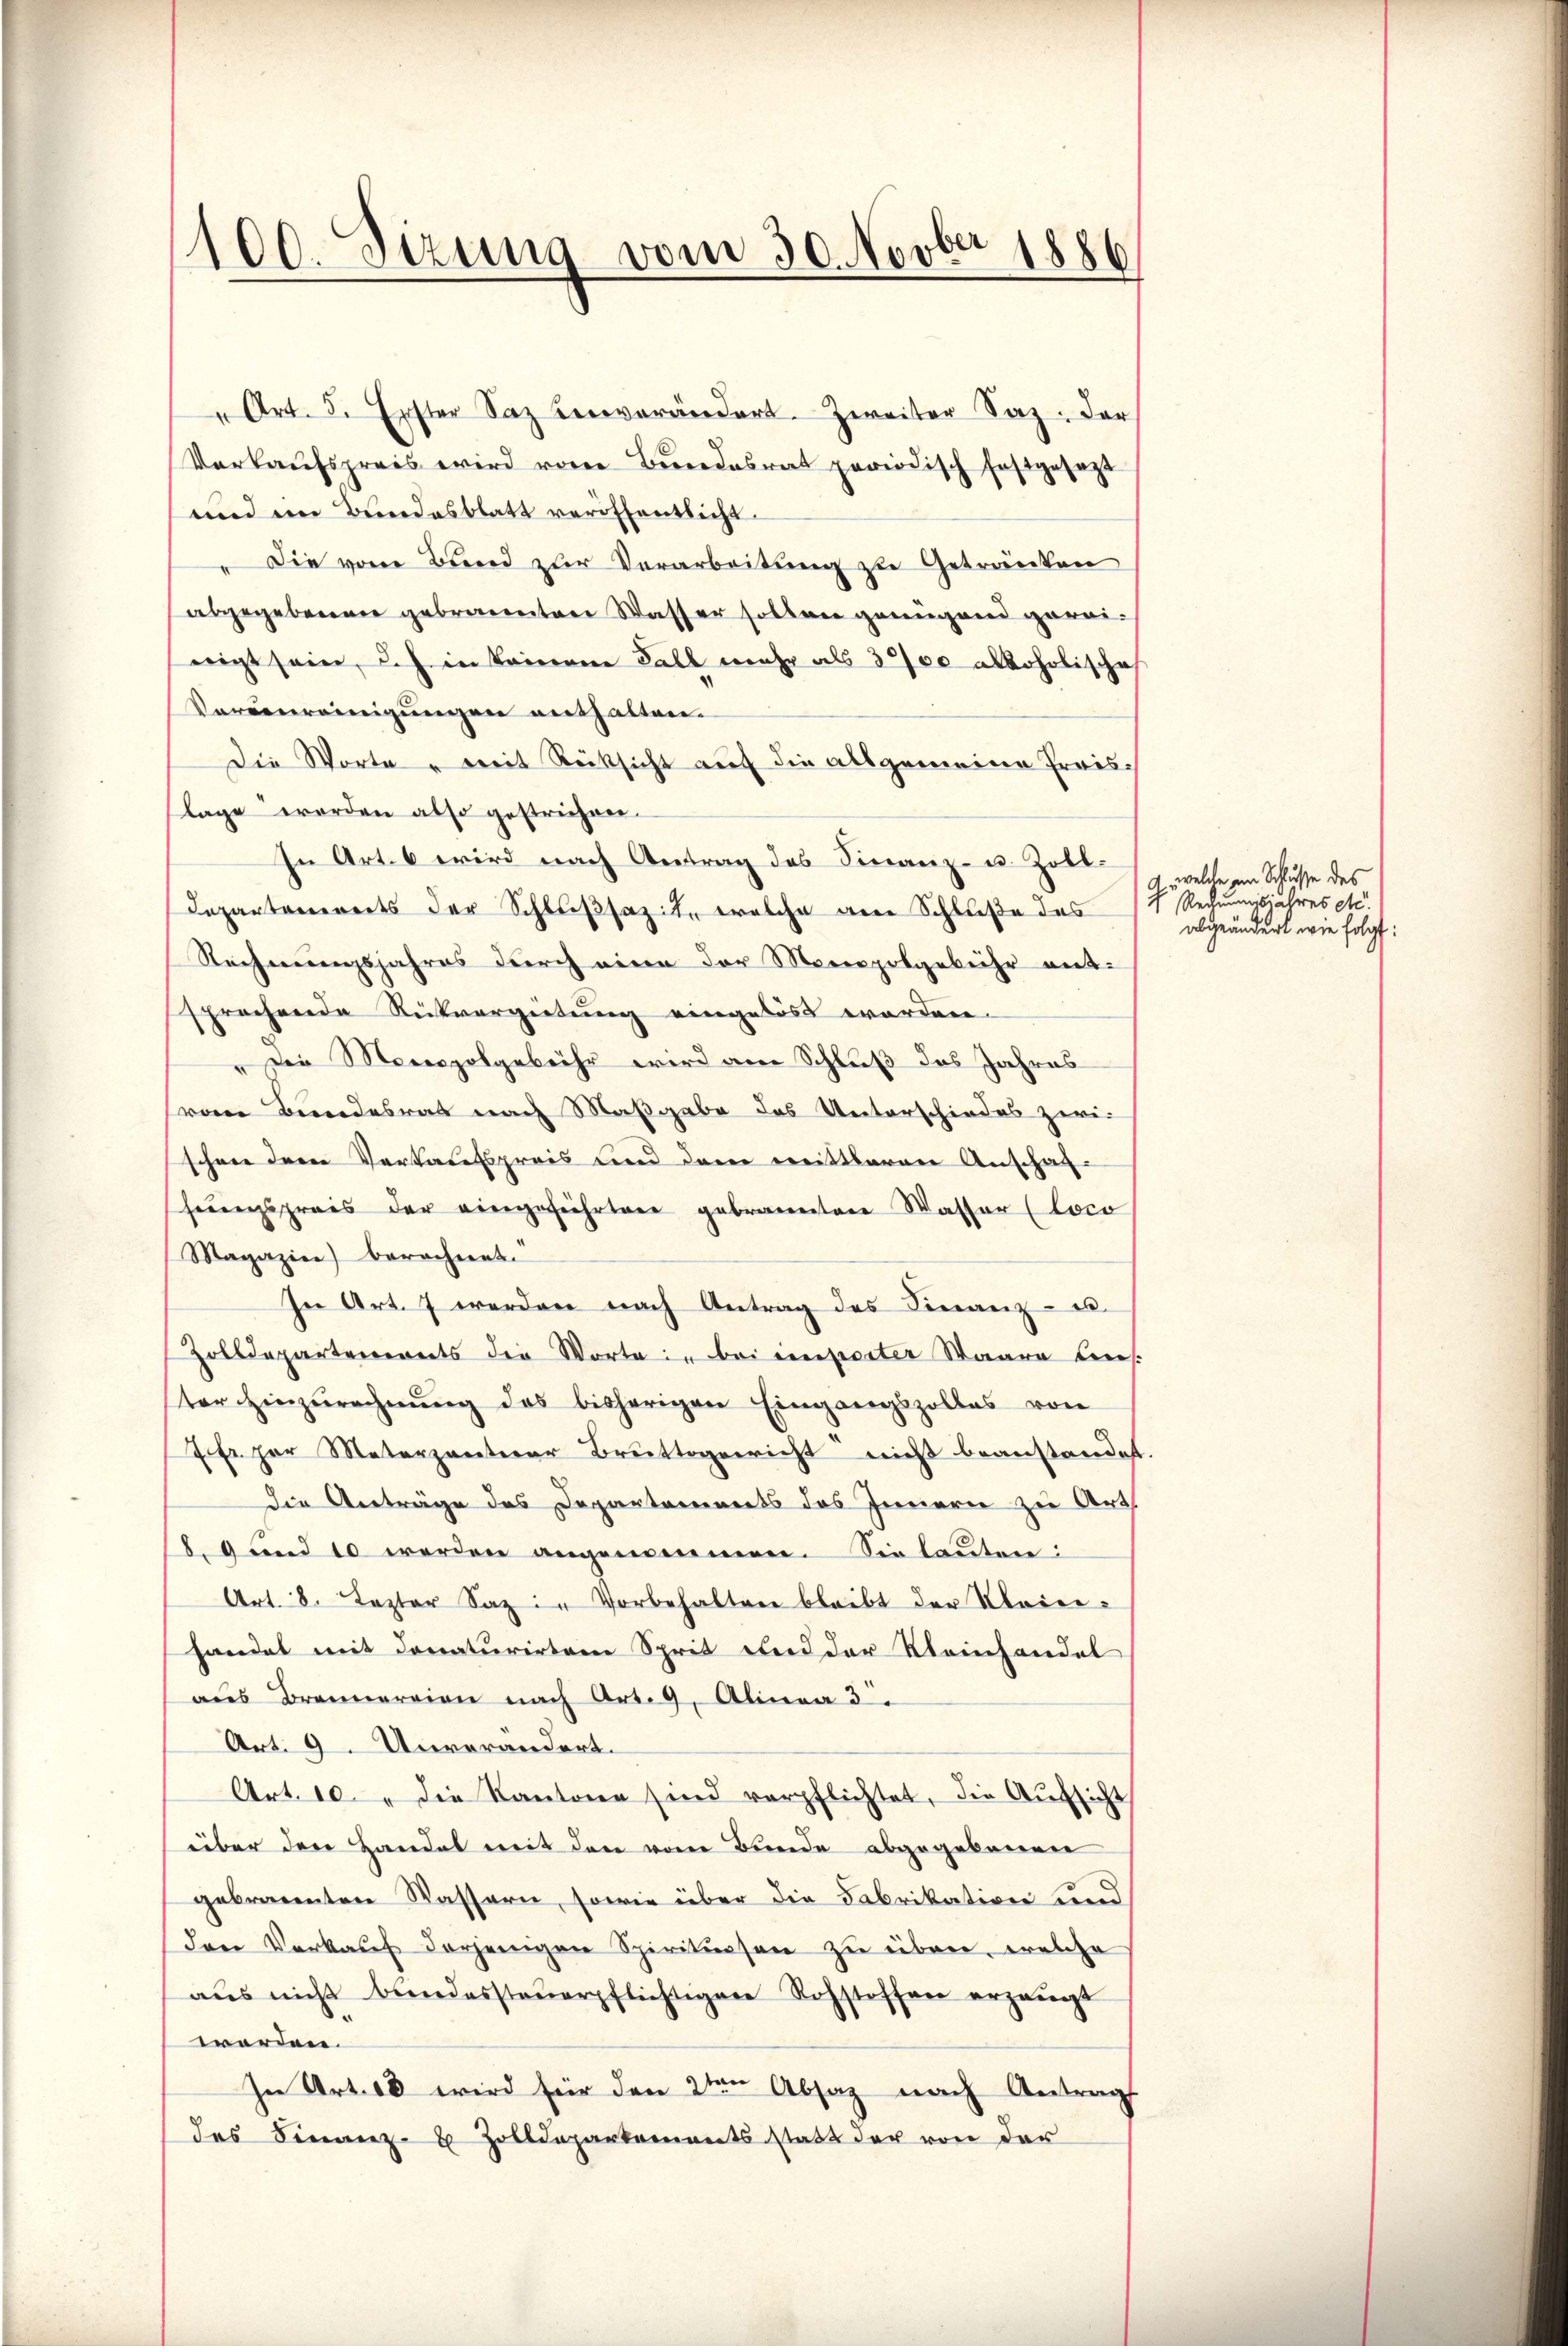
100. Sizung vom 30. Novber 1886

" Art. 5. Erster Saz Benverändert. Zweiter Saz: der
Verkaufspreis wird vom Bundesrat periodisch festgesezt
und im Bundesblatt veröffentlicht.
" Die von Band zur Verarbeitung zu Getränken
abgegebenen gebrannten Wasser sollen genügend gereinigt sein, ich in keinen Fall mehr als 3000 alkoholische
Vorvereinigungen enthalten.
Die Worte - weit Rücksicht auf die allgemeine Preislage worden also gestrichen.
In Art. 6 wird nach Antrag des Finanz- u. Zoll-
Departanereits der Schlußsazit, welche am Schluße des
Rechnungsjahres durch eine der Monopolgebühr entsprechende Rückvergütung eingelöst worden.
" die Monopolgebühr wird am Schluß des Jahres
vom Bundesrat nach Maßgabe des Unterschiedes zwi-
schon dem Verkaufspreis und dem weittbaren Anschafherungspreis der eingeführten gebrannten Wasser (Loco
Magazin) berechnet.
In Art. 7 werden nach Antrag des Finanz- u.
Zolldepartenereits die Worte in bei imperter Waare dens.
ster Hinzurechnŭng des bisherigen Eingangszolles von
7fr. per Materpentar Bruttogerricht nicht beanstandet
die Anträge des Departements des Innern zu Art
8. und 10 werden angenommen. Sie lauten:
Art. 8. Lezter Saz: " Vorbehalten bleibt der Meier-
handel mit donaturirten Sprit und der Kleinhandel
aus Brennereien nach Art. 9. Alinea 3.
Art. 9 Unverändert.
Art. 10 " die Kantone sind verpflichtet, die Aufsicht
über den Handel mit den vom Bunde abgegebenen
gebrannten Wassern, sowie über die Fabrikation und
den Verkaŭf derjenigen Spirituosen zu über, welche
aŭs nicht bŭndessteŭerpflichtigen Rohstoffen erzeugt
worden.
In Art. 10 wird für den 2ten Absaz nach Antrag
des Finanz- & Zolldepartements statt der von der

c, welche am Schlüsse des
H. Rechnungsjahres etc.
abgeändert wie folgt: